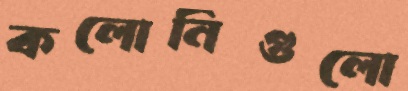
কলোনিগুলো